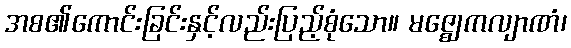
အစ၏ကောင်းခြင်းနှင့်လည်းပြည့်စုံသော။ မဇ္ဈေကလျာဏံ၊